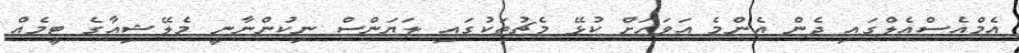
އެމްއެސްއެލްގައި ދެން އެންމެ އަވަހަށް ކުޅޭ މެޗުތަކުގައި ލަޔަންސް ނިކުންނާނީ މެލޭޝިއާގެ ޓީމެއް